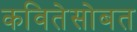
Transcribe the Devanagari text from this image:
कवितेसोबत